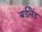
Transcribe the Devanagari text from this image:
बर्डलैंड